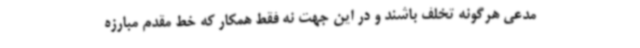
مدعی هرگونه تخلف باشند و در این جهت نه فقط همکار که خط مقدم مبارزه